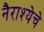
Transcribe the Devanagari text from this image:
नैराश्येचे